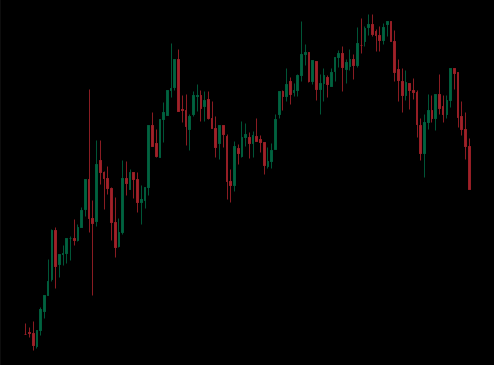
Pattern: unclassified